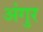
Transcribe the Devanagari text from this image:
अंगुर